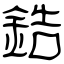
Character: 鋯